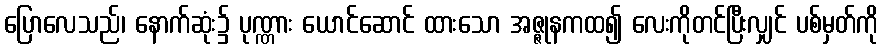
ပြောလေသည်၊ နောက်ဆုံး၌ ပုဏ္ဏား ယောင်ဆောင် ထားသော အဇ္ဇုနကထ၍ လေးကိုတင်ပြီးလျှင် ပစ်မှတ်ကို